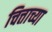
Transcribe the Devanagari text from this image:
चित्ताच्या